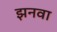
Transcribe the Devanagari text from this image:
झनवा